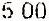
5.00